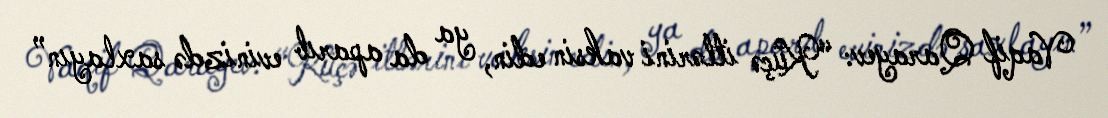
Vaqif Qarayev: “Küçə itlərini vaksin edin, ya da aparıb evinizdə saxlayın”